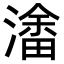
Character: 𭲥